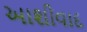
આશીવાદ